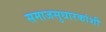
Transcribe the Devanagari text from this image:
समाजसुधारकांशी